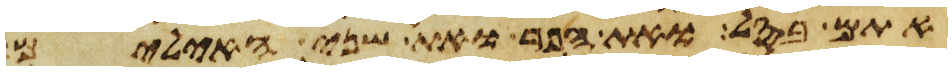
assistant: אתם בסל ואת הפר ואת שני האילים